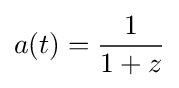
a(t)={\frac {1}{1+z}}